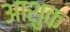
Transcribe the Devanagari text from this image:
आशुक